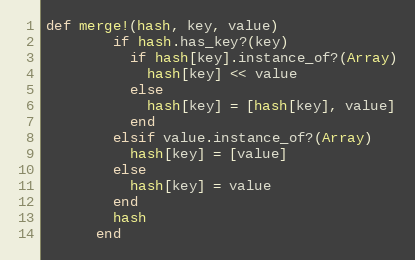
Language: Ruby
def merge!(hash, key, value)
        if hash.has_key?(key)
          if hash[key].instance_of?(Array)
            hash[key] << value
          else
            hash[key] = [hash[key], value]
          end
        elsif value.instance_of?(Array)
          hash[key] = [value]
        else
          hash[key] = value
        end
        hash
      end